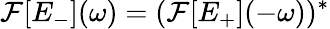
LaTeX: \mathcal{F}[E_{-}](\omega)=(\mathcal{F}[E_{+}](-\omega))^{*}